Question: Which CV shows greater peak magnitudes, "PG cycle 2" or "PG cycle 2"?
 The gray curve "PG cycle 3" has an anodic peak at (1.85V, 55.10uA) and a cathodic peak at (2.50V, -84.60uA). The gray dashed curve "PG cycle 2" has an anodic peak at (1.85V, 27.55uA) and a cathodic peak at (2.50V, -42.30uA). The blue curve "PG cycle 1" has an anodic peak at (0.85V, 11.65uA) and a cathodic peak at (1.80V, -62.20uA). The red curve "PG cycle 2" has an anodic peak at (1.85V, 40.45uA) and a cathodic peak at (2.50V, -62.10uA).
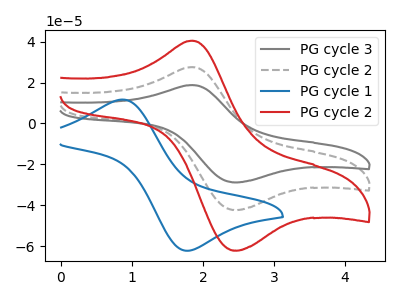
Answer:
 <answer>Every peak in "PG cycle 2" is higher than every peak in "PG cycle 2".</answer>
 <eval>higher</eval>